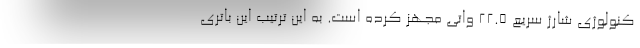
کنولوژی شارژ سریع 22.5 واتی مجهز کرده است. به این ترتیب این باتری